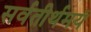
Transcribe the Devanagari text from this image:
सर्वतीर्थमयं